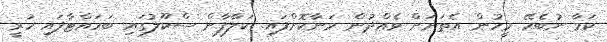
ކަމާ ނުބެހޭ މީހުން އެތަނަށް ވެއްދުން މަނާކޮށްފައި. ކަލާފާން ސްކޫލުގައި ބަހައްޓާފައި ހުރީ